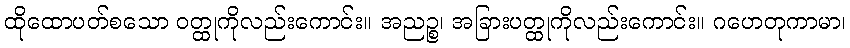
ထိုထောပတ်စသော ဝတ္ထုကိုလည်းကောင်း။ အညဉ္စ၊ အခြားပတ္ထုကိုလည်းကောင်း။ ဂဟေတုကာမာ၊